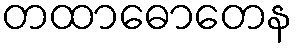
တထာဓောတေန